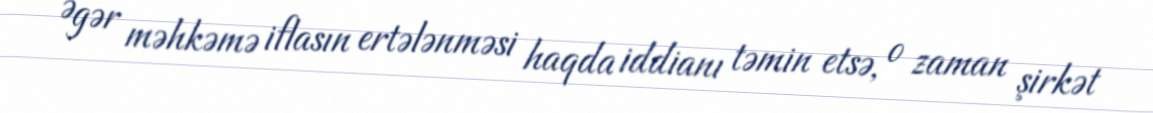
Əgər məhkəmə iflasın ertələnməsi haqda iddianı təmin etsə, o zaman şirkət